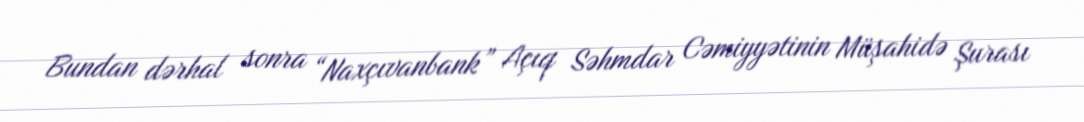
Bundan dərhal sonra “Naxçıvanbank” Açıq Səhmdar Cəmiyyətinin Müşahidə Şurası